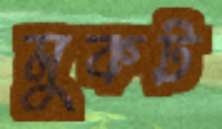
মুকট